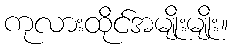
ကုလားထိုင်အမျိုးမျိုး။